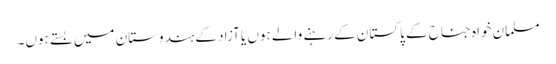
مسلمان خواہ جناح کے پاکستان کے رہنے والے ہوں یا آزاد کے ہندوستان میں بستے ہوں۔